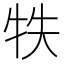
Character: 𤙈